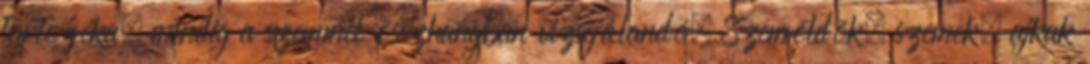
tartozéka, mindig a szemmel összhangban vizsgálandó. Szemöldök, szemek, ajkak